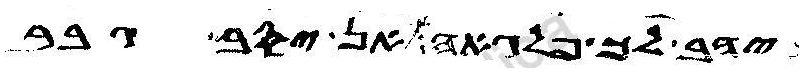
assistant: יהב לך פלגאה אן יסב גבר